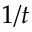
1 / t